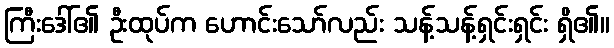
ကြီးဒေါ်၏ ဦးထုပ်က ဟောင်းသော်လည်း သန့်သန့်ရှင်းရှင်း ရှိ၏။